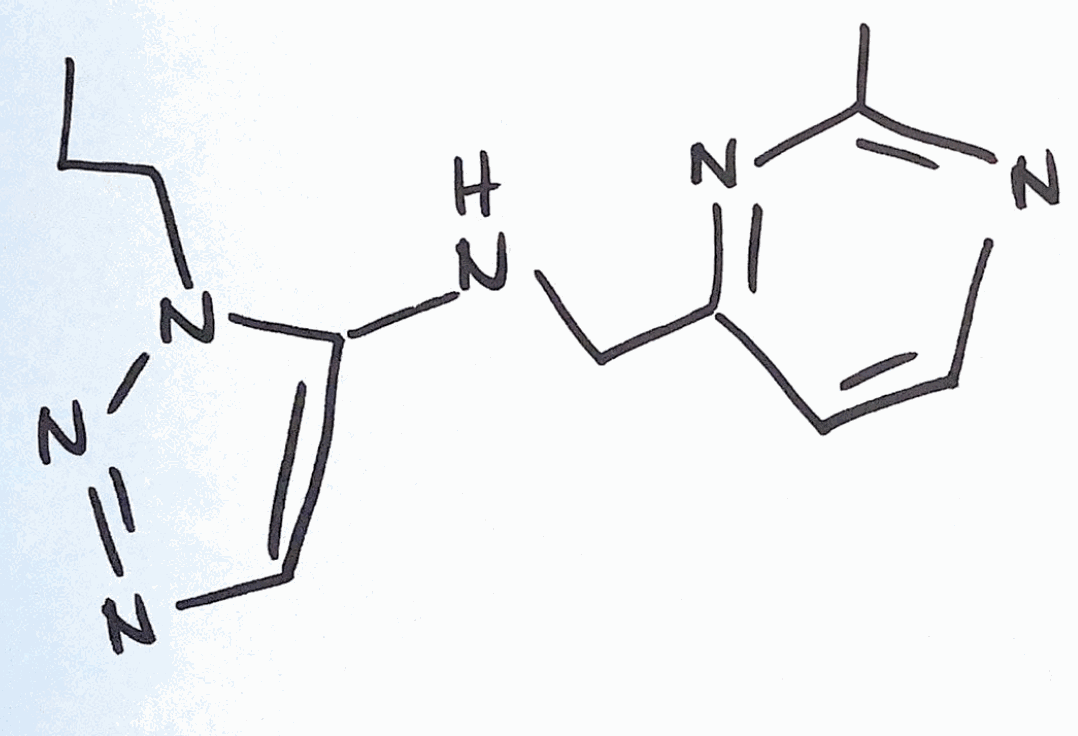
Simplified molecular-input line-entry system (SMILES) notation of the given molecule:
CCCN1C(=CN=N1)NCC2=NC(=NC=C2)C